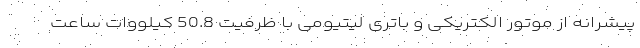
پیشرانه از موتور الکتریکی و باتری لیتیومی با ظرفیت 50.8 کیلووات ساعت